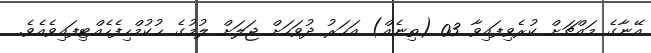
އޭނާގެ މައްޗަށް ކުރެވިފައިވާ 03 (ތިނެއް) އަހަރު ދުވަހަށް ޖަލަށް ލުމުގެ ޙުކުމްހިފެހެއްޓިފައިވެއެވެ.